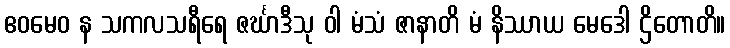
ဧဝမေဝ န သကလသရီရေ ဇင်္ဃာဒီသု ဝါ မံသံ ဇာနာတိ မံ နိဿာယ မေဒေါ ဌိတောတိ။